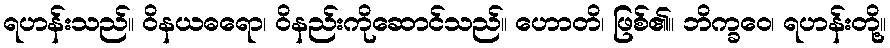
ရဟန်းသည်။ ဝိနယဓရော၊ ဝိနည်းကိုဆောင်သည်။ ဟောတိ၊ ဖြစ်၏။ ဘိက္ခဝေ၊ ရဟန်းတို့။